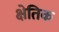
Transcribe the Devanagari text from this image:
क्षेतिक